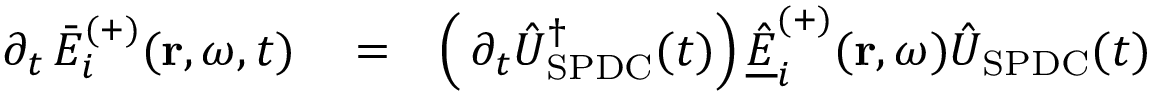
\begin{array} { r l r } { \, \partial _ { t } \, \bar { E } _ { i } ^ { ( + ) } ( \mathbf { r } , \omega , t ) } & { { } = } & { \left( \, \partial _ { t } \hat { U } _ { \mathrm { S P D C } } ^ { \dagger } ( t ) \right) \underline { { \hat { E } } } _ { i } ^ { ( + ) } ( \mathbf { r } , \omega ) \hat { U } _ { \mathrm { S P D C } } ( t ) } \end{array}